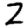
Digit: 2